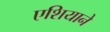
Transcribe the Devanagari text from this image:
एशियाने